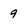
Character: 9